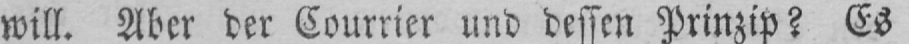
will. Aber der Courrier und dessen Prinzip? Es